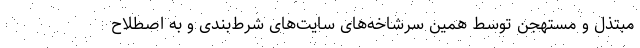
مبتذل و مستهجن توسط همین سرشاخه‌های سایت‌های شرط‌بندی و به ‌اصطلاح